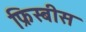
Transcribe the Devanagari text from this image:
फ्रिस्बीस